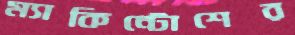
ম্যাকিন্টোশের